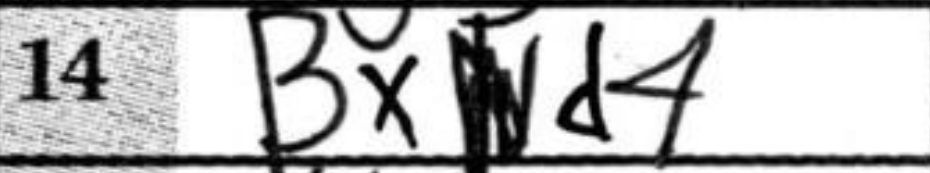
Transcription: Bxd4